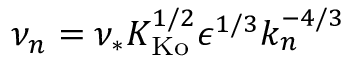
\nu _ { n } = \nu _ { * } K _ { \mathrm { K o } } ^ { 1 / 2 } \epsilon ^ { 1 / 3 } k _ { n } ^ { - 4 / 3 }